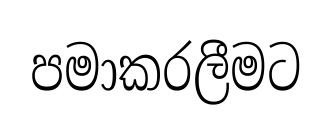
පමාකරලීමට